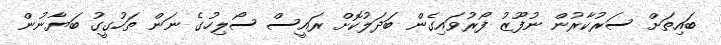
ބައިތަށް ސަރުކާރުން ނުފޫޒު ފޯރުވައިގެން ބަދަލުކޮށް ރައީސް ސޯލިހުގެ ނަން ތަހުގީގު ބަޔާނުން